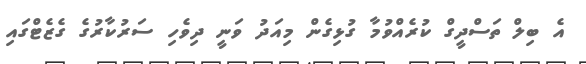
އެ ބިލް ތަސްދީގް ކުރެއްވުމާ ގުޅިގެން މިއަދު ވަނީ ދިވެހި ސަރުކާރުގެ ގެޒެޓްގައި